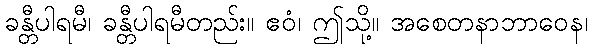
ခန္တီပါရမီ၊ ခန္တီပါရမီတည်း။ ဧဝံ၊ ဤသို့။ အစေတနာဘာဝေန၊